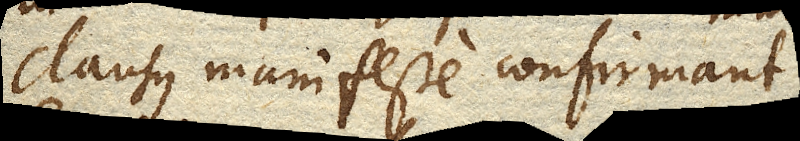
clausus manifeste confirmant.